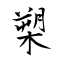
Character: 槊